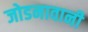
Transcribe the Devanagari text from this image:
जोडनावानी